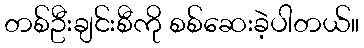
တစ်ဦးချင်းစီကို စစ်ဆေးခဲ့ပါတယ်။